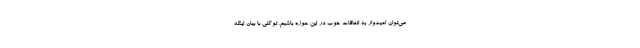
می‌توان امیدوار به اتفاقات خوب در این حوزه باشیم. توکلی با بیان اینکه